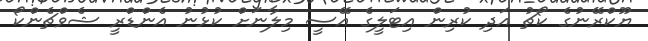
ޔޫކްރޭނުގެ ކޯޗު އަދި ކުރިން އިޓަލީގެ އޭސީ މިލާނަށް ކުޅުނު އެންޑްރީ ޝެވްޗެންކޯ